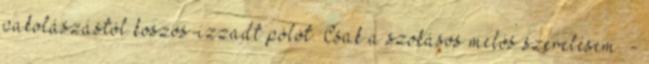
pakolászástól koszos-izzadt pólót. Csak a szokásos melós szerelésem. -